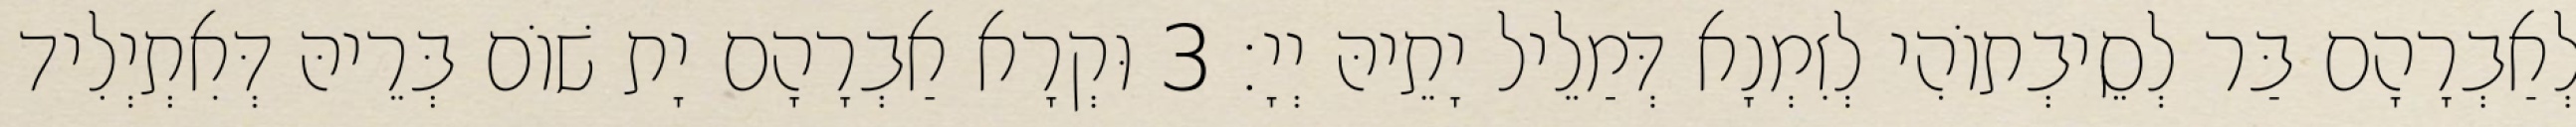
לְאַבְרָהָם בַּר לְסֵיבְתוֹהִי לְזִמְנָא דְּמַלֵיל יָתֵיהּ יְיָ׃ 3 וּקְרָא אַבְרָהָם יָת שׁוֹם בְּרֵיהּ דְּאִתְיְלִיד